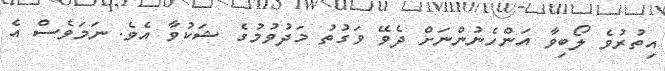
އިތުރުވެ ލޯބިވާ އަންހެނުންނަށް ދެވޭ ވަގުތު މަދުވުމުގެ ޝަކުވާ އެވެ. ނަމަވެސް އެ